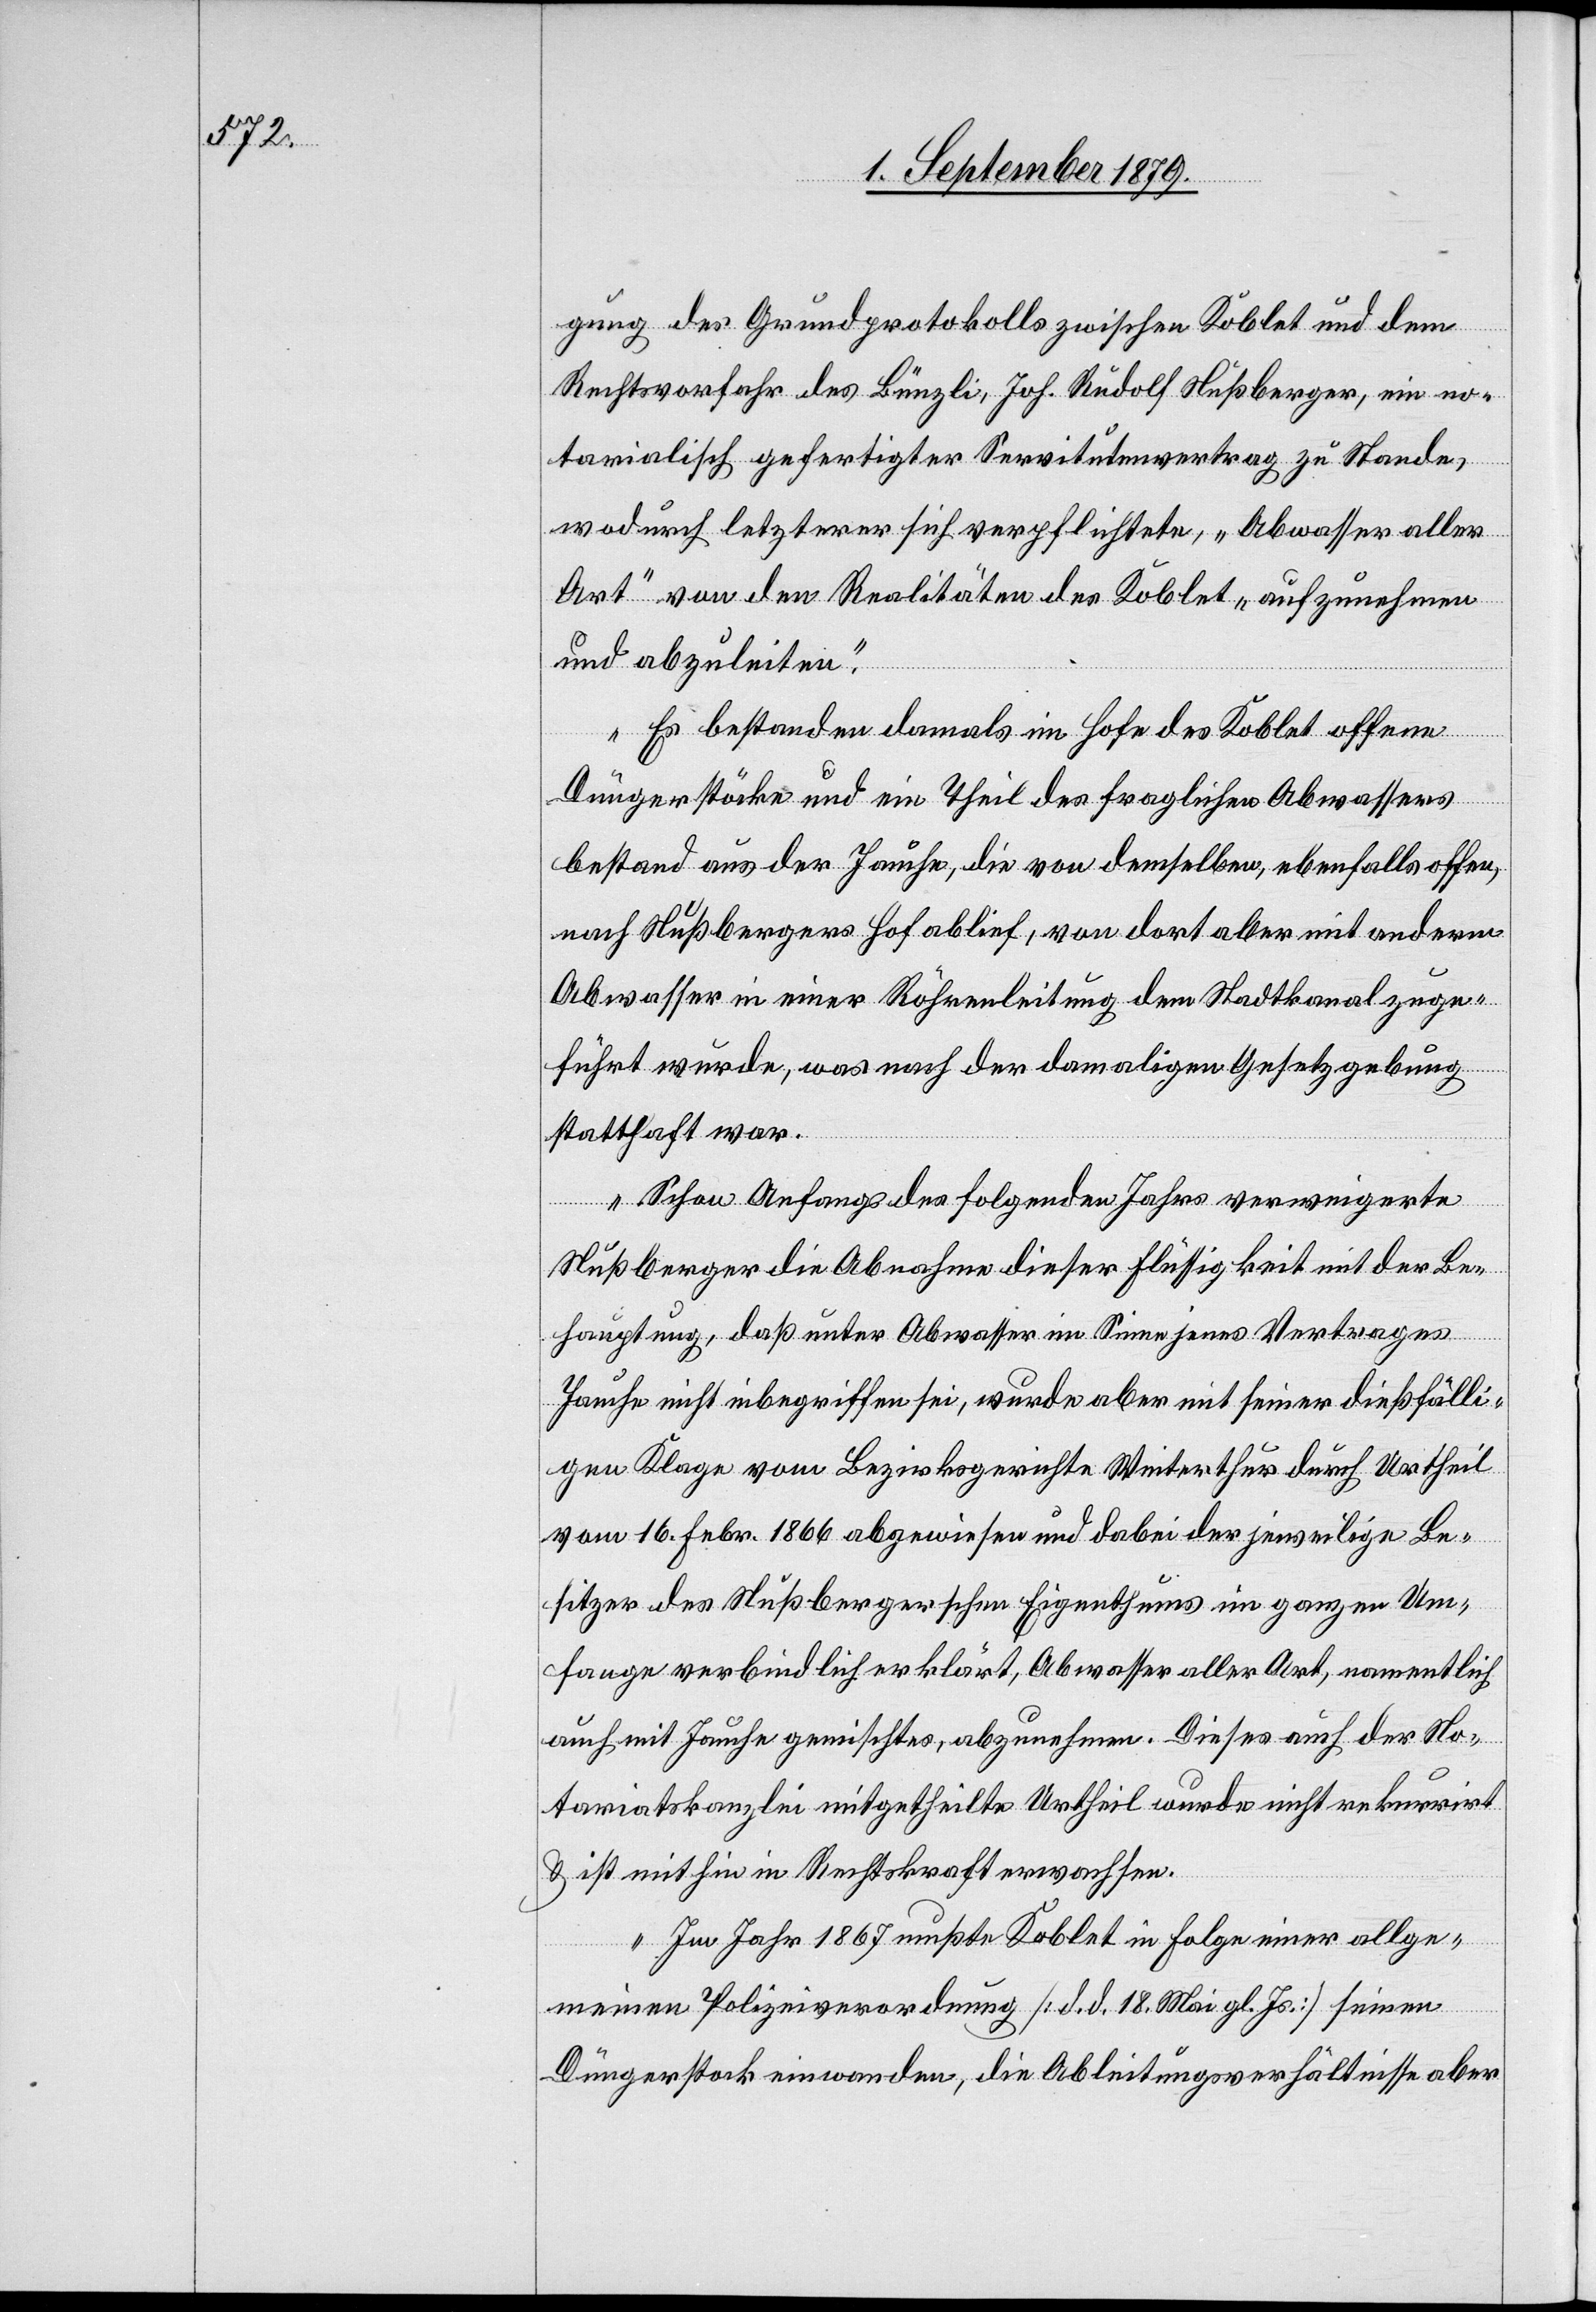
gung des Grundprotokolls zwischen Koblet und dem
Rechtsvorfahr des Bünzli, Joh. Rudolf Nußberger, ein no¬
tarialisch gefertigter Servitutvertrag zu Stande,
wodurch letzterer sich verpflichtete, „Abwasser aller
Art“ von den Realitäten des Koblet „aufzunehmen
und abzuleiten“.
Es bestanden damals im Hofe des Koblet offene
Düngerstöcke und ein Theil des fraglichen Abwassers
bestand aus der Jauche, die von demselben, ebenfalls offen,
nach Nußbergers Hof ablief, von dort aber mit anderm
Abwasser in einer Röhrenleitung dem Stadtkanal zuge¬
führt wurde, was nach der damaligen Gesetzgebung
statthaft war.
Schon Anfangs des folgenden Jahres verweigerte
Nußberger die Abnahme dieser Flüssigkeit mit der Be¬
hauptung, daß unter Abwasser im Sinne jenes Vertrages
Jauche nicht inbegriffen sei, wurde aber mit seiner dießfälli¬
gen Klage vom Bezirksgerichte Winterthur durch Urtheil
vom 16. Febr. 1866 abgewiesen und dabei der jeweilige Be¬
sitzer des Nußbergerschen Eigenthums im ganzen Um¬
fange verblindlich erklärt, Abwasser aller Art, namentlich
auch mit Jauche gemischtes, abzunehmen. Dieses auch der No¬
tariatskanzlei mitgetheilte Urtheil wurde nicht rekurrirt
& ist mithin in Rechtskraft erwachsen.
Im Jahr 1867 mußte Koblet in Folge einer allge¬
meinen Polizeiverordnung [d. d. 18. Mai gl. Js] seinen
Düngerstock einwanden, die Ableitungsverhältnisse aber